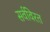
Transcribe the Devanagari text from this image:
सर्वविरत